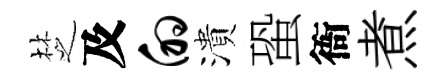
椘及的潰蛩衙煮